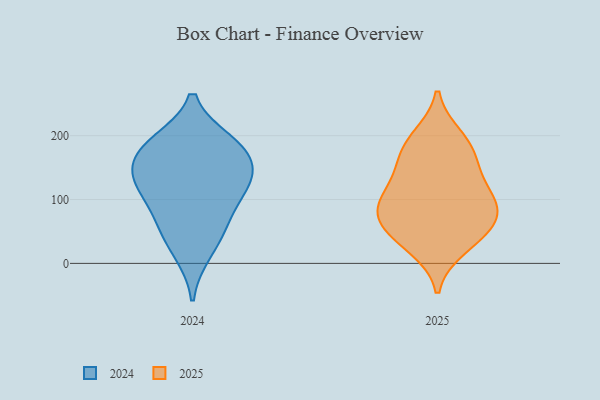
{"axis": {"x": "Customer Acquisition Cost (USD)", "y": "Value"}, "legend": ["2024", "2025"], "data": [{"x": "", "y": 59, "type": "2024"}, {"x": "", "y": 110, "type": "2024"}, {"x": "", "y": 17, "type": "2024"}, {"x": "", "y": 190, "type": "2024"}, {"x": "", "y": 189, "type": "2024"}, {"x": "", "y": 139, "type": "2024"}, {"x": "", "y": 160, "type": "2024"}, {"x": "", "y": 117, "type": "2024"}, {"x": "", "y": 61, "type": "2024"}, {"x": "", "y": 176, "type": "2024"}, {"x": "", "y": 130, "type": "2024"}, {"x": "", "y": 25, "type": "2025"}, {"x": "", "y": 198, "type": "2025"}, {"x": "", "y": 187, "type": "2025"}, {"x": "", "y": 86, "type": "2025"}, {"x": "", "y": 44, "type": "2025"}, {"x": "", "y": 87, "type": "2025"}, {"x": "", "y": 77, "type": "2025"}, {"x": "", "y": 75, "type": "2025"}, {"x": "", "y": 150, "type": "2025"}, {"x": "", "y": 167, "type": "2025"}, {"x": "", "y": 45, "type": "2025"}, {"x": "", "y": 111, "type": "2025"}, {"x": "", "y": 122, "type": "2025"}]}